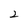
Character: 2